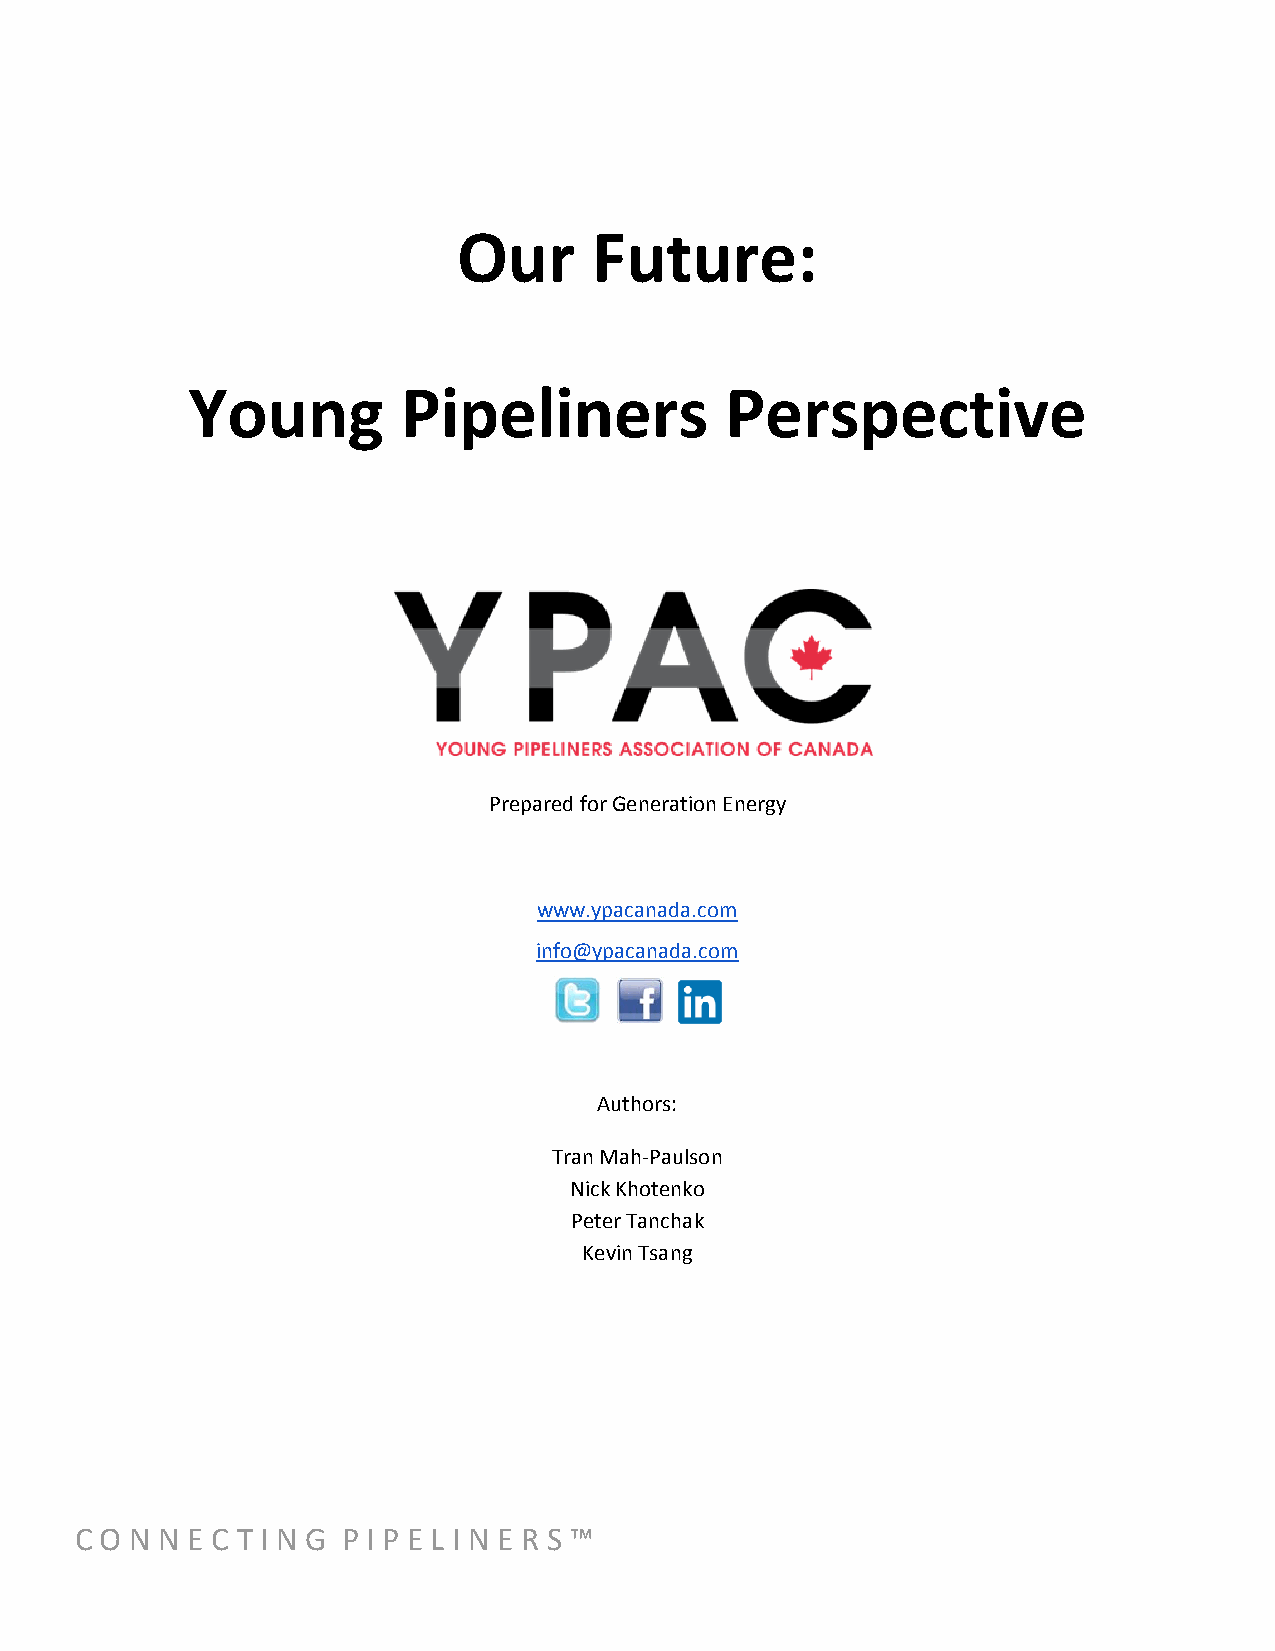
Our      Future:
 Young          Pipeliners           Perspective
 Prepared for Generation Energy
 www.ypacanada.com
 info@ypacanada.com
 Authors:
 Tran Mah-Paulson
 Nick Khotenko
 Peter Tanchak
 Kevin Tsang
 C O N N E C T I N G P I P E L I N E R S ™